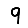
Digit: 9